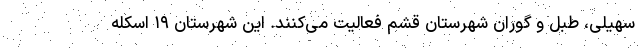
سهیلی، طبل و گوران شهرستان قشم فعالیت می‌کنند. این شهرستان ۱۹ اسکله